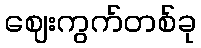
ဈေးကွက်တစ်ခု